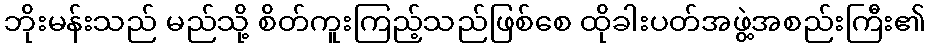
ဘိုးမန်းသည် မည်သို့ စိတ်ကူးကြည့်သည်ဖြစ်စေ ထိုခါးပတ်အဖွဲ့အစည်းကြီး၏